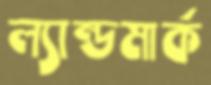
ল্যান্ডমার্ক